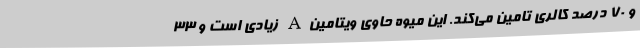
و 70 درصد کالری تامین می‌کند. این میوه حاوی ویتامینA زیادی است و 33